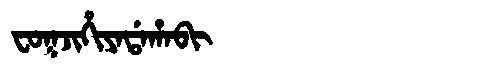
Manchu: ᠸᠣᡴᠵᡳᡥᡳᠶᠠᡩᠠᡥᠠᠪᡳ
Romanization: FOKJIHIYADAHABI